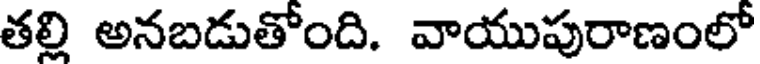
తల్లి అనబడుతోంది. వాయుపురాణంలో